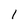
Character: 1